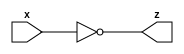
module Test(
    output z,
    input x
);

assign z = ~x;

endmodule

module TestTest;

wire out;
reg in;

Test t(out, in);

initial 
begin
$monitor("in: %b, out: %b", in, out);
    in = 0;
    #10

    in = 1;
end
endmodule // TestTest